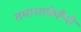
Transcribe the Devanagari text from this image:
तमाशाप्रेमीनी